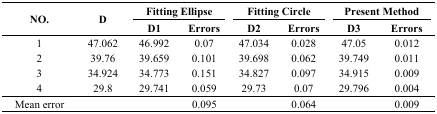
| <ROWSPAN=2> NO. | <ROWSPAN=2> D | <COLSPAN=2> Fitting Ellipse | <COLSPAN=2> Fitting Circle | <COLSPAN=2> Present Method |
 | D1 | Errors | D2 | Errors | D3 | Errors |
 | --- | --- | --- | --- | --- | --- | --- | --- |
 | 1 | 47.062 | 46.992 | 0.07 | 47.034 | 0.028 | 47.05 | 0.012 |
 | 2 | 39.76 | 39.659 | 0.101 | 39.698 | 0.062 | 39.749 | 0.011 |
 | 3 | 34.924 | 34.773 | 0.151 | 34.827 | 0.097 | 34.915 | 0.009 |
 | 4 | 29.8 | 29.741 | 0.059 | 29.73 | 0.07 | 29.796 | 0.004 |
 | Mean error |  |  | 0.095 |  | 0.064 |  | 0.009 |